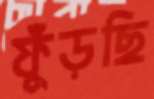
ফুঁড়ছি